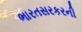
ભારતસરકરની